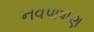
નવપાષાણ